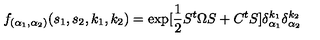
f _ { ( \alpha _ { 1 } , \alpha _ { 2 } ) } ( s _ { 1 } , s _ { 2 } , k _ { 1 } , k _ { 2 } ) = \exp [ \frac { 1 } { 2 } S ^ { t } \Omega S + C ^ { t } S ] \delta _ { \alpha _ { 1 } } ^ { k _ { 1 } } \delta _ { \alpha _ { 2 } } ^ { k _ { 2 } }